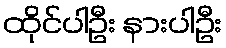
ထိုင်ပါဦး နားပါဦး